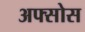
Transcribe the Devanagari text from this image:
अफ्सोस